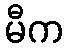
မီက